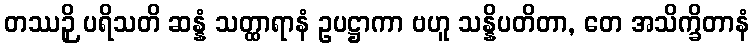
တဿဉှိ ပရိသတိ ဆန္နံ သတ္ထာရာနံ ဥပဋ္ဌာကာ ဗဟူ သန္နိပတိတာ, တေ အသိက္ခိတာနံ